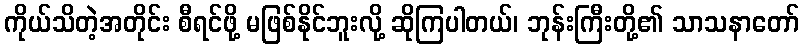
ကိုယ်သိတဲ့အတိုင်း စီရင်ဖို့ မဖြစ်နိုင်ဘူးလို့ ဆိုကြပါတယ်၊ ဘုန်းကြီးတို့၏ သာသနာတော်